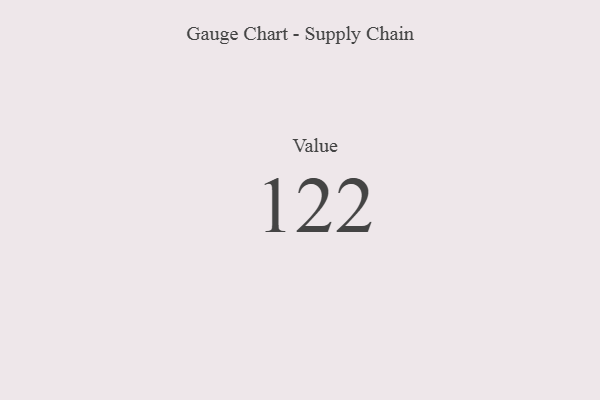
{"axis": {"x": "Metric", "y": "Value"}, "legend": [""], "data": [{"x": "Value", "y": 122, "type": ""}]}